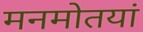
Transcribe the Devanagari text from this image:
मनमोतयां